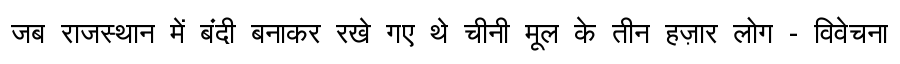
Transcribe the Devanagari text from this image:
जब राजस्थान में बंदी बनाकर रखे गए थे चीनी मूल के तीन हज़ार लोग - विवेचना